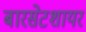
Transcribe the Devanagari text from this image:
बारसेटशायर